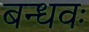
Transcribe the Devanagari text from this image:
बन्धवः